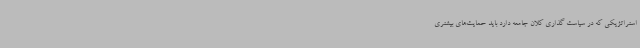
استراتژیکی که در سیاست گذاری کلان جامعه دارد باید حمایت‌های بیشتری